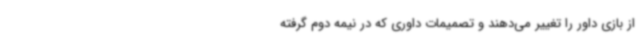
از بازی داور را تغییر می‌دهند و تصمیمات داوری که در نیمه دوم گرفته